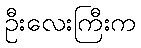
ဦးလေးကြီးက